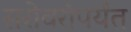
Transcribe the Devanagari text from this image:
सरोवरांपर्यंत